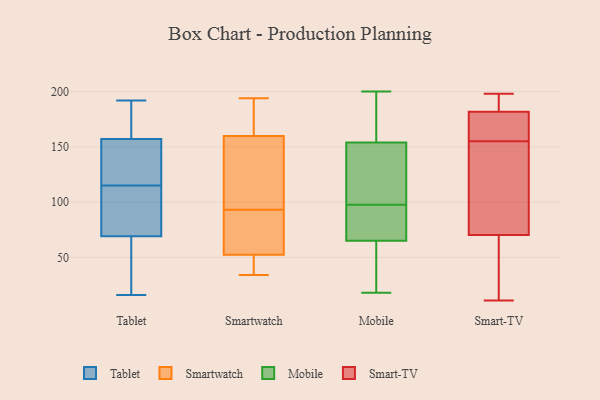
{"axis": {"x": "Energy Usage (MWh)", "y": "Value"}, "legend": ["Mobile", "Smart-TV", "Smartwatch", "Tablet"], "data": [{"x": "", "y": 16, "type": "Tablet"}, {"x": "", "y": 71, "type": "Tablet"}, {"x": "", "y": 121, "type": "Tablet"}, {"x": "", "y": 106, "type": "Tablet"}, {"x": "", "y": 156, "type": "Tablet"}, {"x": "", "y": 50, "type": "Tablet"}, {"x": "", "y": 158, "type": "Tablet"}, {"x": "", "y": 183, "type": "Tablet"}, {"x": "", "y": 120, "type": "Tablet"}, {"x": "", "y": 137, "type": "Tablet"}, {"x": "", "y": 181, "type": "Tablet"}, {"x": "", "y": 87, "type": "Tablet"}, {"x": "", "y": 178, "type": "Tablet"}, {"x": "", "y": 72, "type": "Tablet"}, {"x": "", "y": 54, "type": "Tablet"}, {"x": "", "y": 36, "type": "Tablet"}, {"x": "", "y": 110, "type": "Tablet"}, {"x": "", "y": 192, "type": "Tablet"}, {"x": "", "y": 144, "type": "Tablet"}, {"x": "", "y": 67, "type": "Tablet"}, {"x": "", "y": 178, "type": "Smartwatch"}, {"x": "", "y": 153, "type": "Smartwatch"}, {"x": "", "y": 110, "type": "Smartwatch"}, {"x": "", "y": 53, "type": "Smartwatch"}, {"x": "", "y": 93, "type": "Smartwatch"}, {"x": "", "y": 158, "type": "Smartwatch"}, {"x": "", "y": 40, "type": "Smartwatch"}, {"x": "", "y": 54, "type": "Smartwatch"}, {"x": "", "y": 165, "type": "Smartwatch"}, {"x": "", "y": 53, "type": "Smartwatch"}, {"x": "", "y": 34, "type": "Smartwatch"}, {"x": "", "y": 194, "type": "Smartwatch"}, {"x": "", "y": 50, "type": "Smartwatch"}, {"x": "", "y": 128, "type": "Mobile"}, {"x": "", "y": 76, "type": "Mobile"}, {"x": "", "y": 126, "type": "Mobile"}, {"x": "", "y": 154, "type": "Mobile"}, {"x": "", "y": 105, "type": "Mobile"}, {"x": "", "y": 39, "type": "Mobile"}, {"x": "", "y": 157, "type": "Mobile"}, {"x": "", "y": 76, "type": "Mobile"}, {"x": "", "y": 37, "type": "Mobile"}, {"x": "", "y": 18, "type": "Mobile"}, {"x": "", "y": 154, "type": "Mobile"}, {"x": "", "y": 88, "type": "Mobile"}, {"x": "", "y": 90, "type": "Mobile"}, {"x": "", "y": 54, "type": "Mobile"}, {"x": "", "y": 191, "type": "Mobile"}, {"x": "", "y": 200, "type": "Mobile"}, {"x": "", "y": 198, "type": "Smart-TV"}, {"x": "", "y": 195, "type": "Smart-TV"}, {"x": "", "y": 155, "type": "Smart-TV"}, {"x": "", "y": 71, "type": "Smart-TV"}, {"x": "", "y": 32, "type": "Smart-TV"}, {"x": "", "y": 11, "type": "Smart-TV"}, {"x": "", "y": 70, "type": "Smart-TV"}, {"x": "", "y": 181, "type": "Smart-TV"}, {"x": "", "y": 107, "type": "Smart-TV"}, {"x": "", "y": 187, "type": "Smart-TV"}, {"x": "", "y": 176, "type": "Smart-TV"}, {"x": "", "y": 20, "type": "Smart-TV"}, {"x": "", "y": 182, "type": "Smart-TV"}, {"x": "", "y": 167, "type": "Smart-TV"}, {"x": "", "y": 103, "type": "Smart-TV"}]}